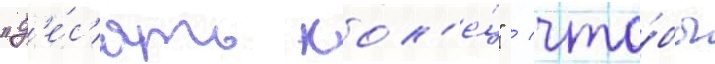
"д'е́с'ять кол'е́ц" / что́бы